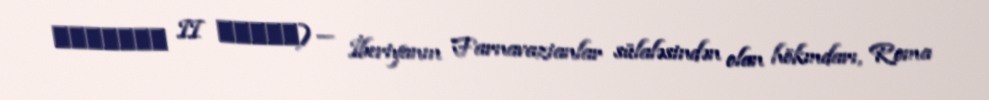
ფარსმან II ქველი) — İberiyanın Farnavazianlar sülaləsindən olan hökmdarı, Roma